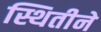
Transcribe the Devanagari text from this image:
स्थितीने